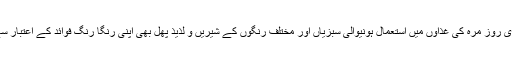
اسی طرح ہماری روز مرہ کی غذاؤں میں استعمال ہونیوالی سبزیاں اور مختلف رنگوں کے شیریں و لذیذ پھل بھی اپنی رنگا رنگ فوائد کے اعتبار سے کافی اہم ہیں۔